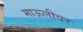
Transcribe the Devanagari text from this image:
माऊलीवर